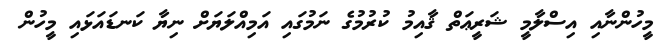
މީހުންނާއި އިސްލާމީ ޝަރީޢަތް ޤާއިމު ކުރުމުގެ ނަމުގައި އަމިއްލަޔަށް ނިޔާ ކަނޑައަޅައި މީހުން